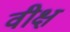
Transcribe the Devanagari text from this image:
वीक्ष